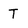
Character: T